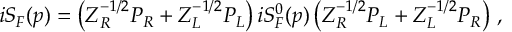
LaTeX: i S _ { F } ( p ) = \left( Z _ { R } ^ { - 1 / 2 } P _ { R } + Z _ { L } ^ { - 1 / 2 } P _ { L } \right) i S _ { F } ^ { 0 } ( p ) \left( Z _ { R } ^ { - 1 / 2 } P _ { L } + Z _ { L } ^ { - 1 / 2 } P _ { R } \right) \, ,